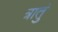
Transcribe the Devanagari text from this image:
त्रातुं